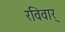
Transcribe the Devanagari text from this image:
रविवार्